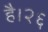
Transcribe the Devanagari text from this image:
है।२६